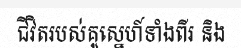
ជីវិតរបស់គូស្នេហ៍ទាំងពីរ និង